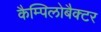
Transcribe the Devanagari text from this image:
कैम्पिलोबैक्टर